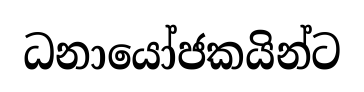
ධනායෝජකයින්ට